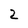
Character: 2